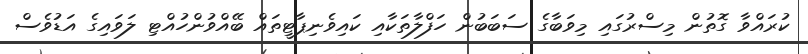
ކުރައްވާ ގޮތުން މިސްރުގައި މިވަބާގެ ސަބަބުން ހަފްލާތަކާއި ކައިވެނިޕާޓީތައް ބޭއްވުންހުއްޓި ލަވައިގެ އަޑުވެސް